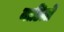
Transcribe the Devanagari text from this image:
नाडिय़ों